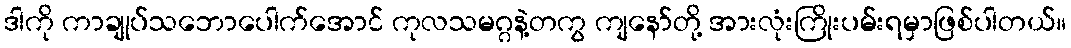
ဒါကို ကာချုပ်သဘောပေါက်အောင် ကုလသမဂ္ဂနဲ့တကွ ကျနော်တို့ အားလုံးကြိုးပမ်းရမှာဖြစ်ပါတယ်။